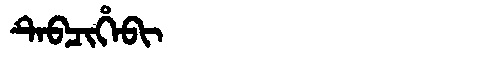
Manchu: ᡨᡝᠪᠴᡳᡥᡝᠪᡳ
Romanization: TEBCIHEBI